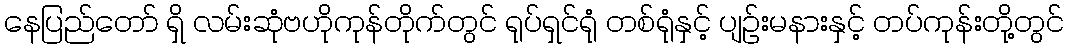
နေပြည်တော် ရှိ လမ်းဆုံဗဟိုကုန်တိုက်တွင် ရုပ်ရှင်ရုံ တစ်ရုံနှင့် ပျဉ်းမနားနှင့် တပ်ကုန်းတို့တွင်